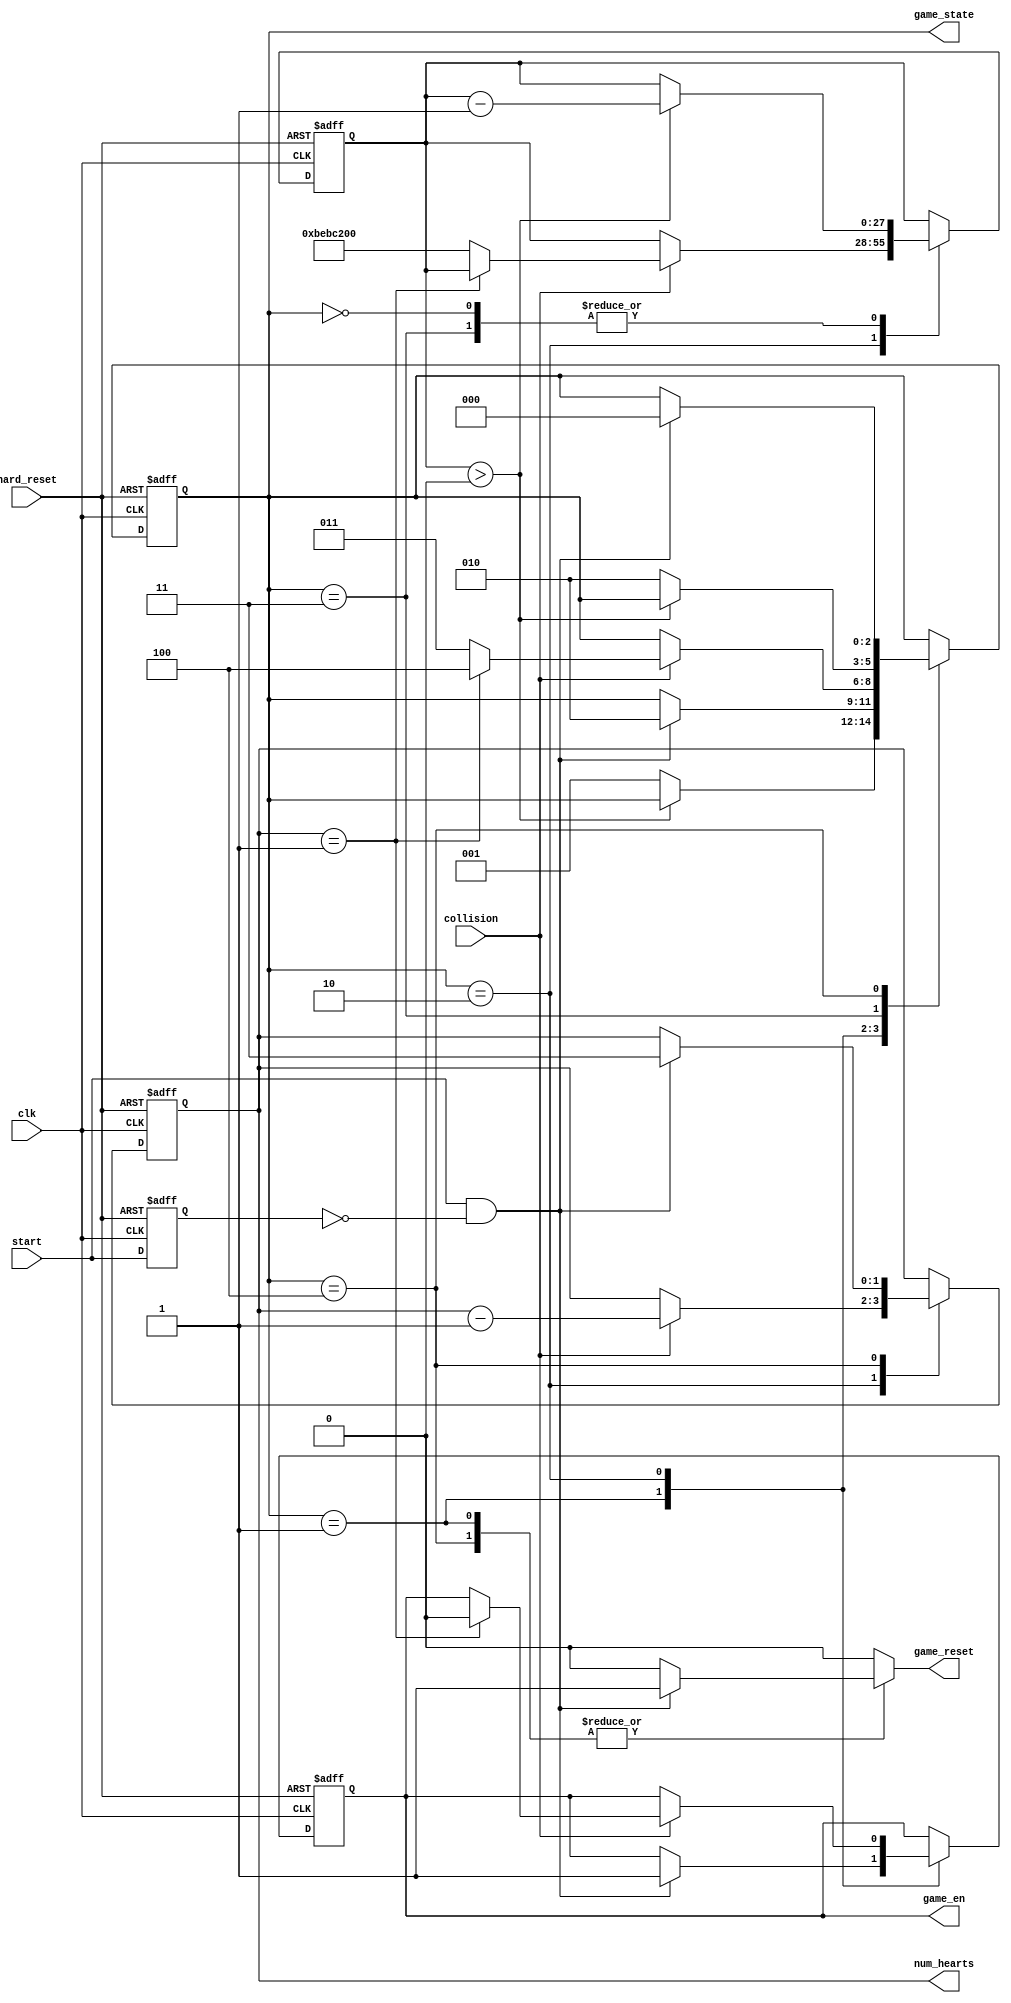
module game_state_machine
	(	
		input wire clk, hard_reset,   // clock and reset inputs for synchronous registers
		input wire start,             // start button signal input
        	input wire collision,         // collision detection signal input
		output wire [1:0] num_hearts, // output number of hearts [0-3]
		output wire [2:0] game_state, // output game state machine's state
		output wire game_en,          // output signal asserted when game is in playing/hit states
		output reg game_reset         // output signal asserted to reset game mechanics modules (see use in display_top)
        );
	
	// positive edge detection for start button
	reg start_reg;
	wire start_posedge;
	
	// infer start signal register
	always @(posedge clk, posedge hard_reset)
		if(hard_reset)
			start_reg <= 0;
		else 
			start_reg <= start;
	
	// assert start_posedge on positive edge of start button signal
	assign start_posedge = start & ~start_reg;
	
	// symbolic state declarations
	localparam [2:0] init     = 3'b000,  // state to idle while nes controller signals settle
			 idle     = 3'b001,  // start screen 
		         playing  = 3'b010,  // playing
			 hit      = 3'b011,  // yoshi has been hit
			 gameover = 3'b100;  // game over!
	
	reg [2:0] game_state_reg, game_state_next; // FSM state register
	reg [27:0] timeout_reg, timeout_next;      // timer register to time yoshi's invincibility post ghost collision
	reg [1:0] hearts_reg, hearts_next;         // register to store number of hearts
	reg game_en_reg, game_en_next;             // register for game enable signal
	
	// infer game state, timeout timer, hearts, and game enable register
	always @(posedge clk, posedge hard_reset)
		if(hard_reset)
			begin
			game_state_reg <= init;
			timeout_reg    <= 20000000;
			hearts_reg     <= 3;
			game_en_reg    <= 0;
			end
		else
			begin
			game_state_reg <= game_state_next;
			timeout_reg    <= timeout_next;
			hearts_reg     <= hearts_next;
			game_en_reg    <= game_en_next;
			end
	
	always @*
		begin
		// defaults 
		game_state_next = game_state_reg;
		timeout_next    = timeout_reg;
		hearts_next     = hearts_reg;
		game_en_next    = game_en_reg;
		game_reset = 0;
		
		case(game_state_reg)
			
			init:
				begin	
				if(timeout_reg > 0)                   // decrement timeout_reg until 0 to let nes controller signals settle
					timeout_next = timeout_reg - 1;
				else 
					game_state_next = idle;           // go to idle game state
				end
				
			idle:
				begin
				if(start_posedge)                     // player presses start button to begin game
					begin
					game_en_next = 1;                 // game_en signal asserted next
					game_reset   = 1;                 // assert reset game signal
					game_state_next = playing;        // next state is playing
					end
				end
			
			playing:
				begin
				if(collision)                         // if yoshi collides with ghost while playing
					begin
					if(hearts_reg == 1)               // if on last heart
						begin
						hearts_next = hearts_reg - 1; // decrement hearts_reg to 0
						game_en_next = 0;             // disable game_en signal
						game_state_next = gameover;   // go to gameover state
						end
					else
						begin
						hearts_next = hearts_reg - 1; // else decrement hearts_reg 
						game_state_next = hit;        // go to hit state
						timeout_next = 200000000;     // load timeout_reg for 2 seconds of invincibility
						end
					end
				end
				
			hit:
				begin	                              // yoshi cannot be hit (have hearts decremented)
				if(timeout_reg > 0)                   // decrement timeout_reg until 0 (2 seconds)
					timeout_next = timeout_reg - 1;
				else 
					game_state_next = playing;        // go back to playing state
				end
			
			gameover:                                 // gameover state
				begin
				if(start_posedge)                     // wait for player to press start button
					begin
					hearts_next = 3;                  // reset hearts_reg to 3
					game_state_next = init;           // go to init state
					game_reset   = 1;                 // assert game_reset signal to reset all gameplay mechanics modules (see display_top)
					end
				end
				
			endcase
			end
	
	// assign output signals
	assign num_hearts = hearts_reg;
	assign game_state = game_state_reg;
	assign game_en = game_en_reg;

endmodule